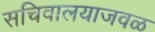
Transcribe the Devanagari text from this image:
सचिवालयाजवळ